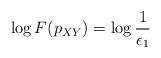
LaTeX: \begin{align*}\log F(p_{XY})=\log\frac{1}{\epsilon_1}\end{align*}